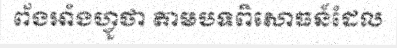
ព័ងអាំងហ្វូថា តាមបទពិសោធន៍ដែល